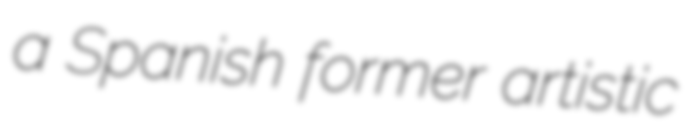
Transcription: a Spanish former artistic